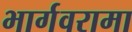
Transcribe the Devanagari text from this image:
भार्गवरामा